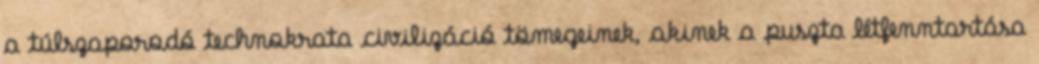
a túlszaporodó technokrata civilizáció tömegeinek, akinek a puszta létfenntartása